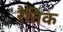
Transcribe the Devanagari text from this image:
रैतिक